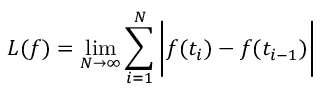
L ( f ) = \operatorname* { l i m } _ { N \to \infty } \sum _ { i = 1 } ^ { N } { \bigg | } f ( t _ { i } ) - f ( t _ { i - 1 } ) { \bigg | }